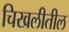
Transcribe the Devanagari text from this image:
चिखलीतील